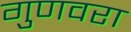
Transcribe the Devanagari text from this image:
गुणवरा